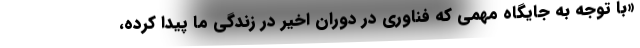
«با توجه به جایگاه مهمی که فناوری در دوران اخیر در زندگی ما پیدا کرده،